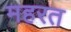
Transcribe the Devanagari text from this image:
महरत